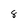
Character: 8